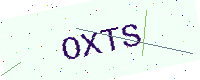
Text: OXTS